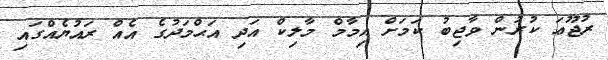
ރުޖޫޢަ ކުރުން ވާޖިބު ކަމަށް އިމާމް މާލިކް އަދި އަޙްމަދުގެ އެއް ރައުޔެއްގައި